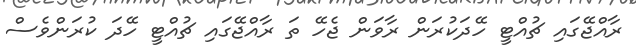
ރާއްޖޭގައި ޗުއްޓީ ހޭދަކުރަން ރާވަން ޖެހޭ ތަ ރާއްޖޭގައި ޗުއްޓީ ހޭދަ ކުރަންވެސް